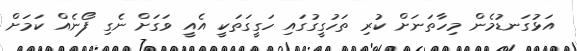
އަޅުގަނޑުމެން މިހާތަނަށް ކުރި ތަހުގީގުގައި ހަގީގަތަކީ އެއީ ވަގަށް ނެގި ފޯނެއް ކަމަށް